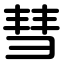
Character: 彗